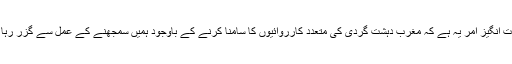
حیرت انگیز امر یہ ہے کہ مغرب دہشت گردی کی متعدد کارروائیوں کا سامنا کرنے کے باوجود ہمیں سمجھنے کے عمل سے گزر رہا ہے۔